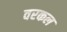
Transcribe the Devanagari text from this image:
वरकल